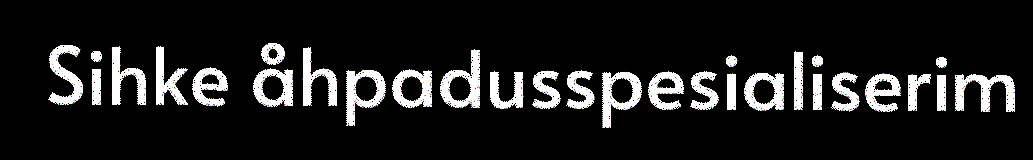
Sihke åhpadusspesialiserim